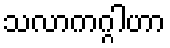
သလာကဂ္ဂါဟာ